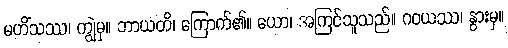
မဟိံသဿ၊ ကျွဲမှ။ ဘာယတိ၊ ကြောက်၏။ ယော၊ အကြင်သူသည်။ ဂဝယဿ၊ နွားမှ။